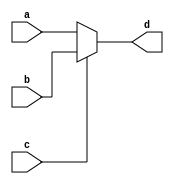
module mux21(a,b,c,d);
input [31:0] a;
input [31:0] b;
input c;
output reg[31:0] d;



////////////////////
//a:input 1
//b:input 2
//c:signal
//d:output
///////////////////
always @(a or b or c or d) begin
	if(!c)begin
		d<=a;
	end
	else begin
		d<=b;
	end
	
end

endmodule